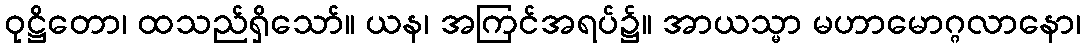
ဝုဋ္ဌိတော၊ ထသည်ရှိသော်။ ယန၊ အကြင်အရပ်၌။ အာယသ္မာ မဟာမောဂ္ဂလာနော၊